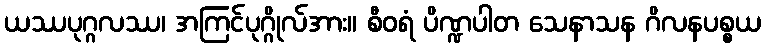
ယဿပုဂ္ဂလဿ၊ အကြင်ပုဂ္ဂိုလ်အား။ စီဝရံ ပိဏ္ဍပါတ သေနာသန ဂိလနပစ္စယ